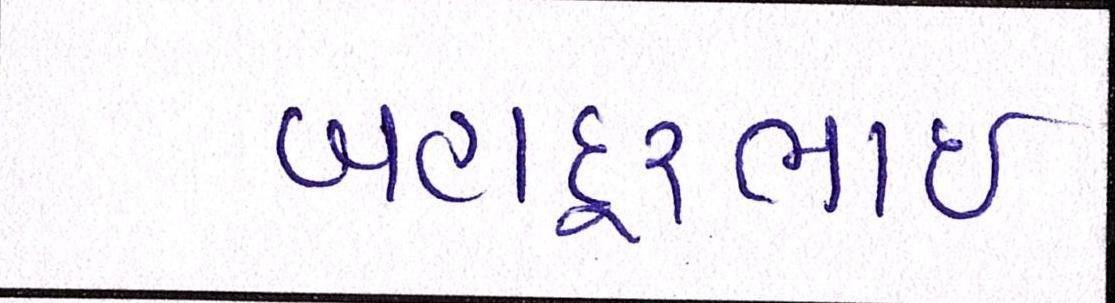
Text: બહાદૂરભાઇ